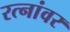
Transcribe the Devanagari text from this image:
रत्‍नांवर